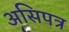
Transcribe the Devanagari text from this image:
असिपत्र